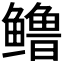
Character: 𬶳